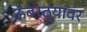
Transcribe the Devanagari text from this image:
ऊंबरठ्यावर